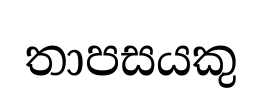
තාපසයකු